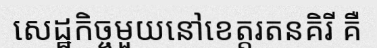
សេដ្ឋកិច្ចមួយនៅខេត្តរតនគិរី គឺ